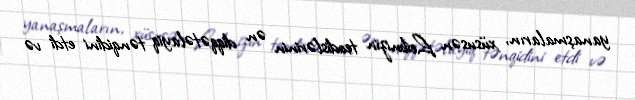
yanaşmaların, xüsusən Leibnizin teodislərinin ən diqqətəlayiq tənqidini etdi və